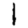
Digit: 1